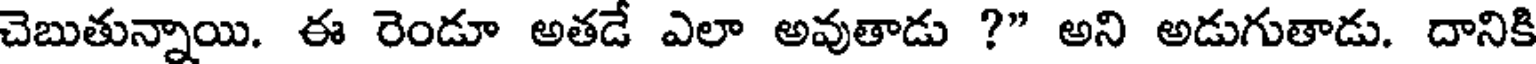
చెబుతున్నాయి. ఈ రెండూ అతడే ఎలా అవుతాడు ?" అని అడుగుతాడు. దానికి